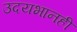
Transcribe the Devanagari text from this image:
उदयभानही